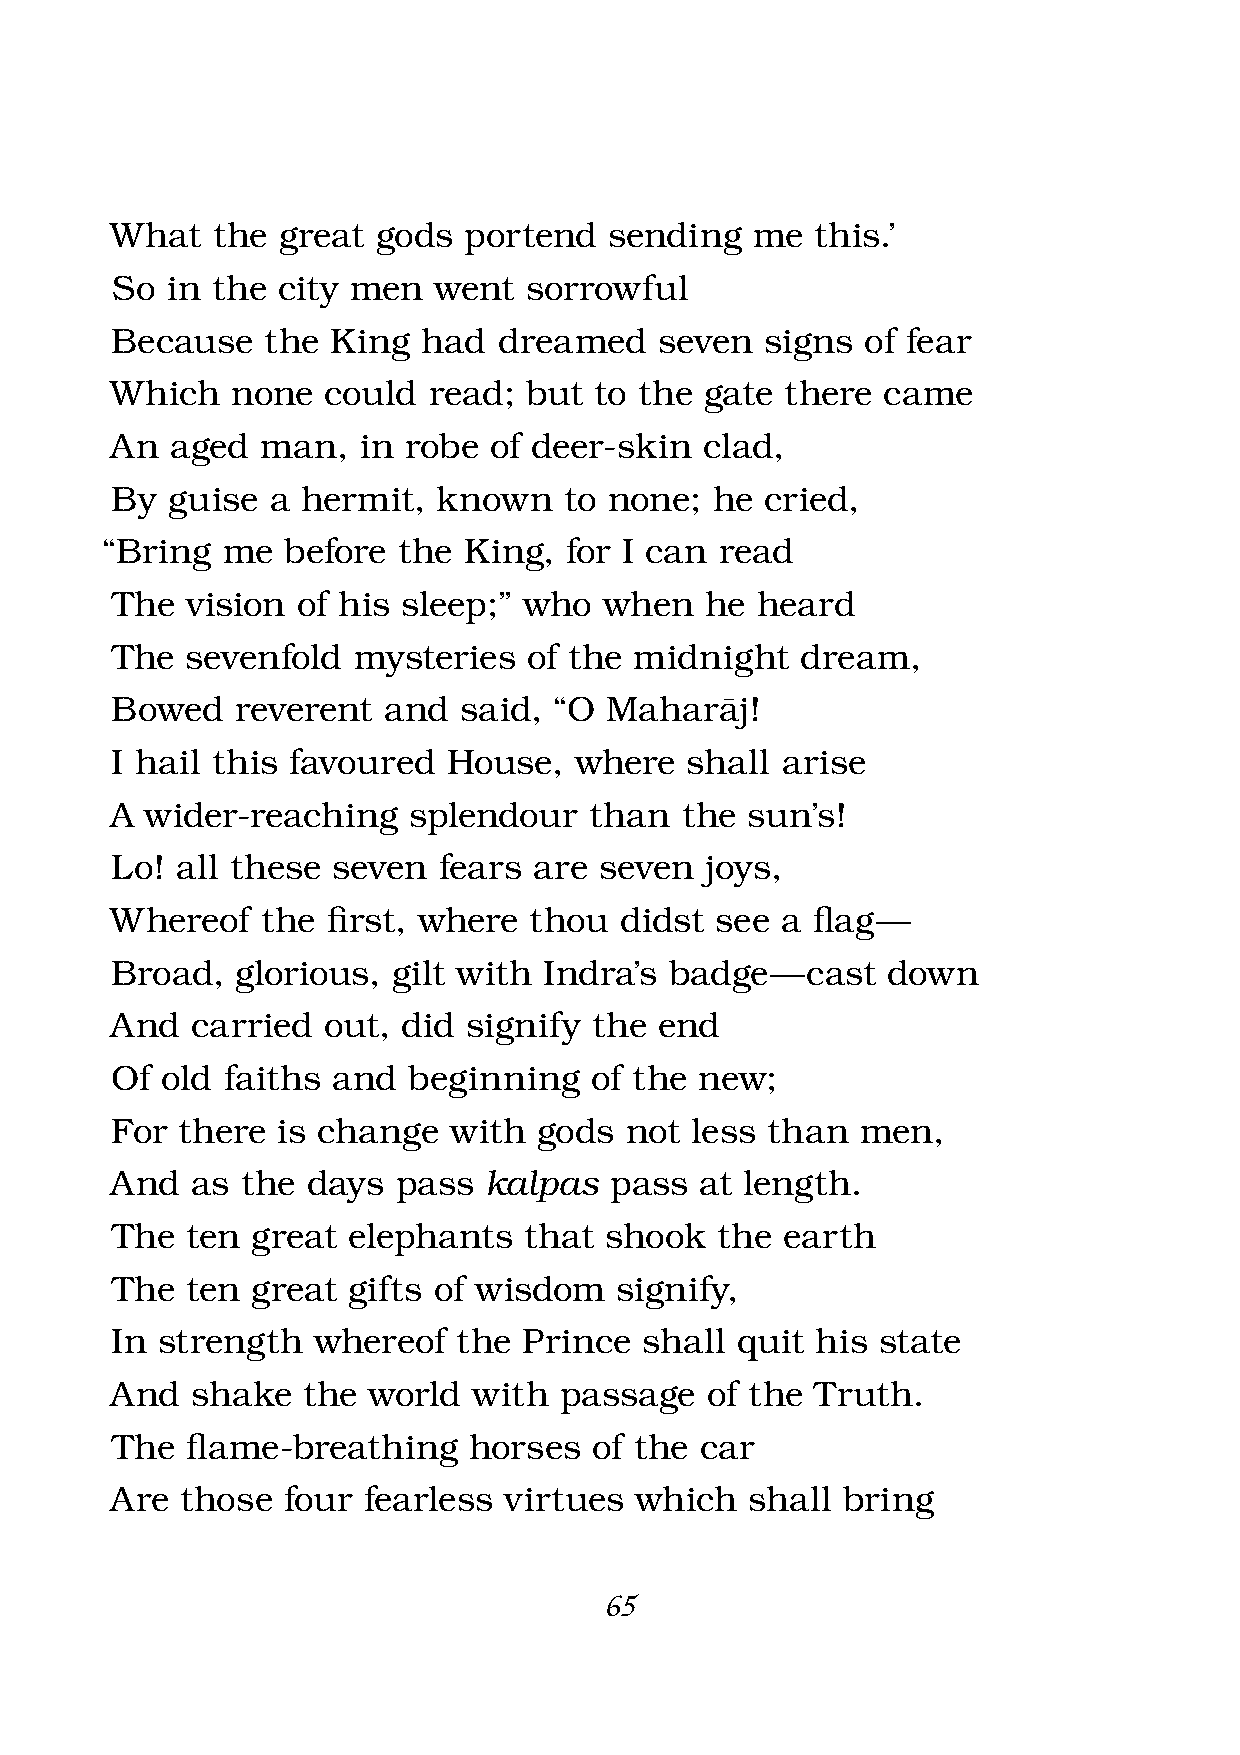
What   the great  gods  portend  sending   me  this.’
 So  in the city men   went  sorrowful
 Because    the King  had  dreamed    seven  signs of fear
 Which   none  could  read;  but to the  gate there came
 An  aged  man,   in robe of deer-skin   clad,
 By  guise  a hermit,  known   to none;  he  cried,
 “Bring  me  before the  King, for I can  read
 The  vision  of his sleep;” who  when   he heard
 The  sevenfold  mysteries   of the midnight   dream,
 Bowed    reverent and  said,  “O Maharàj!
 I hail this favoured   House,  where  shall  arise
 A  wider-reaching   splendour   than  the sun’s!
 Lo!  all these seven  fears are  seven  joys,
 Whereof   the  fi rst, where thou didst see  a fl ag —
 Broad,   glorious, gilt with Indra’s badge  — cast  down
 And   carried out,  did signify the  end
 Of  old faiths and  beginning   of the new;
 For  there is change   with  gods not  less than  men,
 And   as the days  pass  kalpas  pass  at length.
 The  ten  great elephants   that shook  the  earth
 The  ten  great gifts of wisdom   signify,
 In strength   whereof  the  Prince  shall quit his state
 And   shake  the world  with  passage   of the Truth.
 The  fl ame-breathing   horses  of the car
 Are  those  four fearless virtues  which   shall bring
 65